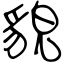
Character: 貌